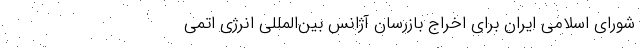
شورای اسلامی ایران برای اخراج بازرسان آژانس بین‌المللی انرژی اتمی